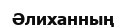
Әлиханның